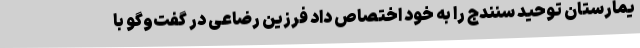
یمارستان توحید سنندج را به خود اختصاص داد فرزین رضاعی در گفت‌وگو با